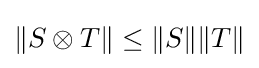
\|S\otimes T\|\leq \|S\|\|T\|